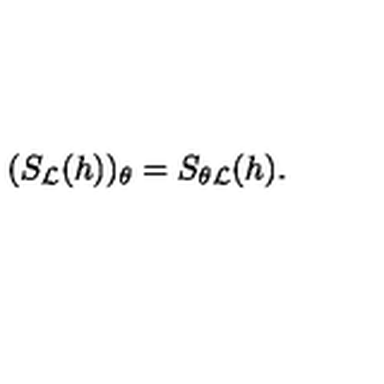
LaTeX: ( S _ { \cal L } ( h ) ) _ { \theta } = S _ { \theta { \cal L } } ( h ) .